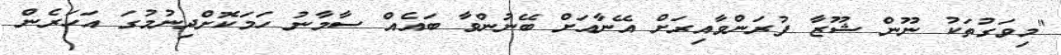
"މިވަގުތަކު ނޫން ޝޫޒާ ފުރަންވާއިރަށް އޭނާއަށް ބޭނުންވާ ބައެއް ސާމާނު ހަމަކޮށްދިނުމުގަ އަހަރެން